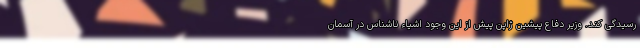
رسیدگی کند. وزیر دفاع پیشین ژاپن پیش از این وجود اشیاء ناشناس در آسمان